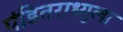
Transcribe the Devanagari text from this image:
पंडितराध्युला